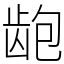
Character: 龅